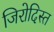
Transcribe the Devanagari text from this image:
जिरोदिस्त